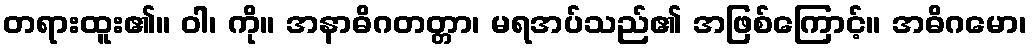
တရားထူး၏။ ဝါ၊ ကို။ အနာဓိဂတတ္တာ၊ မရအပ်သည်၏ အဖြစ်ကြောင့်။ အဓိဂမော၊